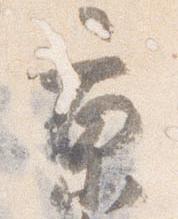
京